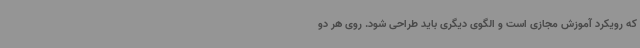
که رویکرد آموزش مجازی است و الگوی دیگری باید طراحی شود. روی هر دو